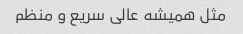
مثل همیشه عالی سریع و منظم